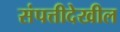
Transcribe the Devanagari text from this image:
संपत्तीदेखील